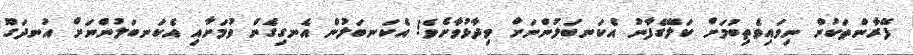
ފޭރާންތަކުން ނިވައިވެތިބުމަށް ކަލޭގެފާނު އެކަނބަލުންނަށް ވިދާޅުވާށެވެ! އެކަނބަލުން އެނގިގެން ވުމަށާއި އެކަނބަލުންނަށް އުނދަގޫ